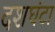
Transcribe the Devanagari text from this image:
दशघंटा